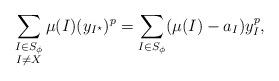
LaTeX: \begin{align*} \sum_{\substack{I\in S_\phi\\ I\neq X}} \mu(I)(y_{I^\star})^p = \sum_{I\in S_\phi}(\mu(I)-a_I)y_I^p,\end{align*}